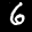
Label: 6